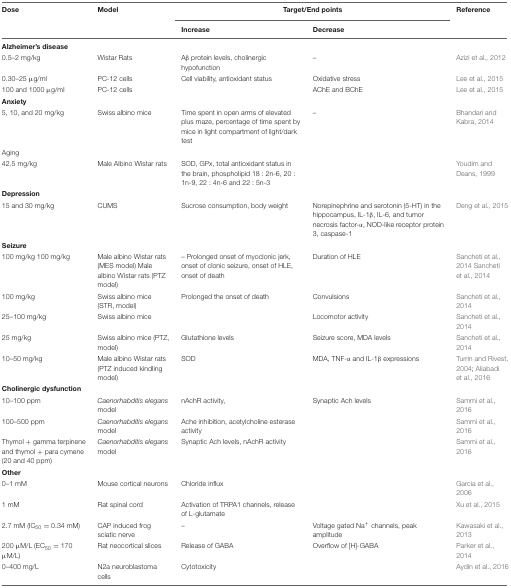
<table><thead><tr><td><b>Dose</b></td><td><b>Model</b></td><td colspan="2"><b>Target/End points</b></td><td><b>Reference</b></td></tr><tr><td></td><td></td><td><b>Increase</b></td><td><b>Decrease</b></td><td></td></tr></thead><tbody><tr><td colspan="5"><b>Alzheimer’s disease</b></td></tr><tr><td>0.5–2 mg/kg</td><td>Wistar Rats</td><td>Aβ protein levels, cholinergic hypofunction</td><td>–</td><td>Azizi et al., 2012</td></tr><tr><td>0.30–25 μg/ml</td><td>PC-12 cells</td><td>Cell viability, antioxidant status</td><td>Oxidative stress</td><td>Lee et al., 2015</td></tr><tr><td>100 and 1000 μg/ml</td><td>PC-12 cells</td><td></td><td>AChE and BChE</td><td>Lee et al., 2015</td></tr><tr><td colspan="5"><b>Anxiety</b></td></tr><tr><td>5, 10, and 20 mg/kg</td><td>Swiss albino mice</td><td>Time spent in open arms of elevated plus maze, percentage of time spent by mice in light compartment of light/dark test</td><td>–</td><td>Bhandari and Kabra, 2014</td></tr><tr><td colspan="5">Aging</td></tr><tr><td>42.5 mg/kg</td><td>Male Albino Wistar rats</td><td>SOD, GPx, total antioxidant status in the brain, phospholipid 18 : 2n-6, 20 : 1n-9, 22 : 4n-6 and 22 : 5n-3</td><td></td><td>Youdim and Deans, 1999</td></tr><tr><td colspan="5"><b>Depression</b></td></tr><tr><td>15 and 30 mg/kg</td><td>CUMS</td><td>Sucrose consumption, body weight</td><td>Norepinephrine and serotonin (5-HT) in the hippocampus, IL-1β, IL-6, and tumor necrosis factor-α, NOD-like receptor protein 3, caspase-1</td><td>Deng et al., 2015</td></tr><tr><td colspan="5"><b>Seizure</b></td></tr><tr><td>100 mg/kg 100 mg/kg</td><td>Male albino Wistar rats (MES model) Male albino Wistar rats (PTZ model)</td><td>– Prolonged onset of myoclonic jerk, onset of clonic seizure, onset of HLE, onset of death</td><td>Duration of HLE</td><td>Sancheti et al., 2014Sancheti et al., 2014</td></tr><tr><td>100 mg/kg</td><td>Swiss albino mice (STR, model)</td><td>Prolonged the onset of death</td><td>Convulsions</td><td>Sancheti et al., 2014</td></tr><tr><td>25–100 mg/kg</td><td>Swiss albino mice</td><td></td><td>Locomotor activity</td><td>Sancheti et al., 2014</td></tr><tr><td>25 mg/kg</td><td>Swiss albino mice (PTZ, model)</td><td>Glutathione levels</td><td>Seizure score, MDA levels</td><td>Sancheti et al., 2014</td></tr><tr><td>10–50 mg/kg</td><td>Male albino Wistar rats (PTZ induced kindling model)</td><td>SOD</td><td>MDA, TNF-α and IL-1β expressions</td><td>Turrin and Rivest, 2004; Aliabadi et al., 2016</td></tr><tr><td colspan="5"><b>Cholinergic dysfunction</b></td></tr><tr><td>10–100 ppm</td><td><i>Caenorhabditis elegans</i> model</td><td>nAchR activity,</td><td>Synaptic Ach levels</td><td>Sammi et al., 2016</td></tr><tr><td>100–500 ppm</td><td><i>Caenorhabditis elegans</i> model</td><td>Ache inhibition, acetylcholine esterase activity</td><td></td><td>Sammi et al., 2016</td></tr><tr><td>Thymol + gamma terpinene and thymol + para cymene (20 and 40 ppm)</td><td><i>Caenorhabditis elegans</i> model</td><td>Synaptic Ach levels, nAchR activity</td><td></td><td>Sammi et al., 2016</td></tr><tr><td colspan="5"><b>Other</b></td></tr><tr><td>0–1 mM</td><td>Mouse cortical neurons</td><td>Chloride influx</td><td></td><td>Garcia et al., 2006</td></tr><tr><td>1 mM</td><td>Rat spinal cord</td><td>Activation of TRPA1 channels, release of L-glutamate</td><td></td><td>Xu et al., 2015</td></tr><tr><td>2.7 mM (IC<sub>50</sub>= 0.34 mM)</td><td>CAP induced frog sciatic nerve</td><td>–</td><td>Voltage gated Na<sup>+</sup> channels, peak amplitude</td><td>Kawasaki et al., 2013</td></tr><tr><td>200 μM/L (EC<sub>50</sub> = 170 μM/L)</td><td>Rat neocortical slices</td><td>Release of GABA</td><td>Overflow of [H]-GABA</td><td>Parker et al., 2014</td></tr><tr><td>0–400 mg/L</td><td>N2a neuroblastoma cells</td><td>Cytotoxicity</td><td></td><td>Aydin et al., 2016</td></tr></tbody></table>